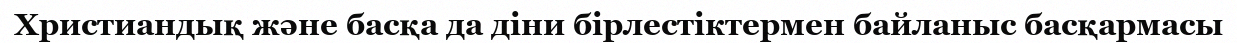
Христиандық және басқа да діни бірлестіктермен байланыс басқармасы